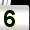
Digit: 5